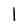
Character: l